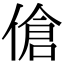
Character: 傖